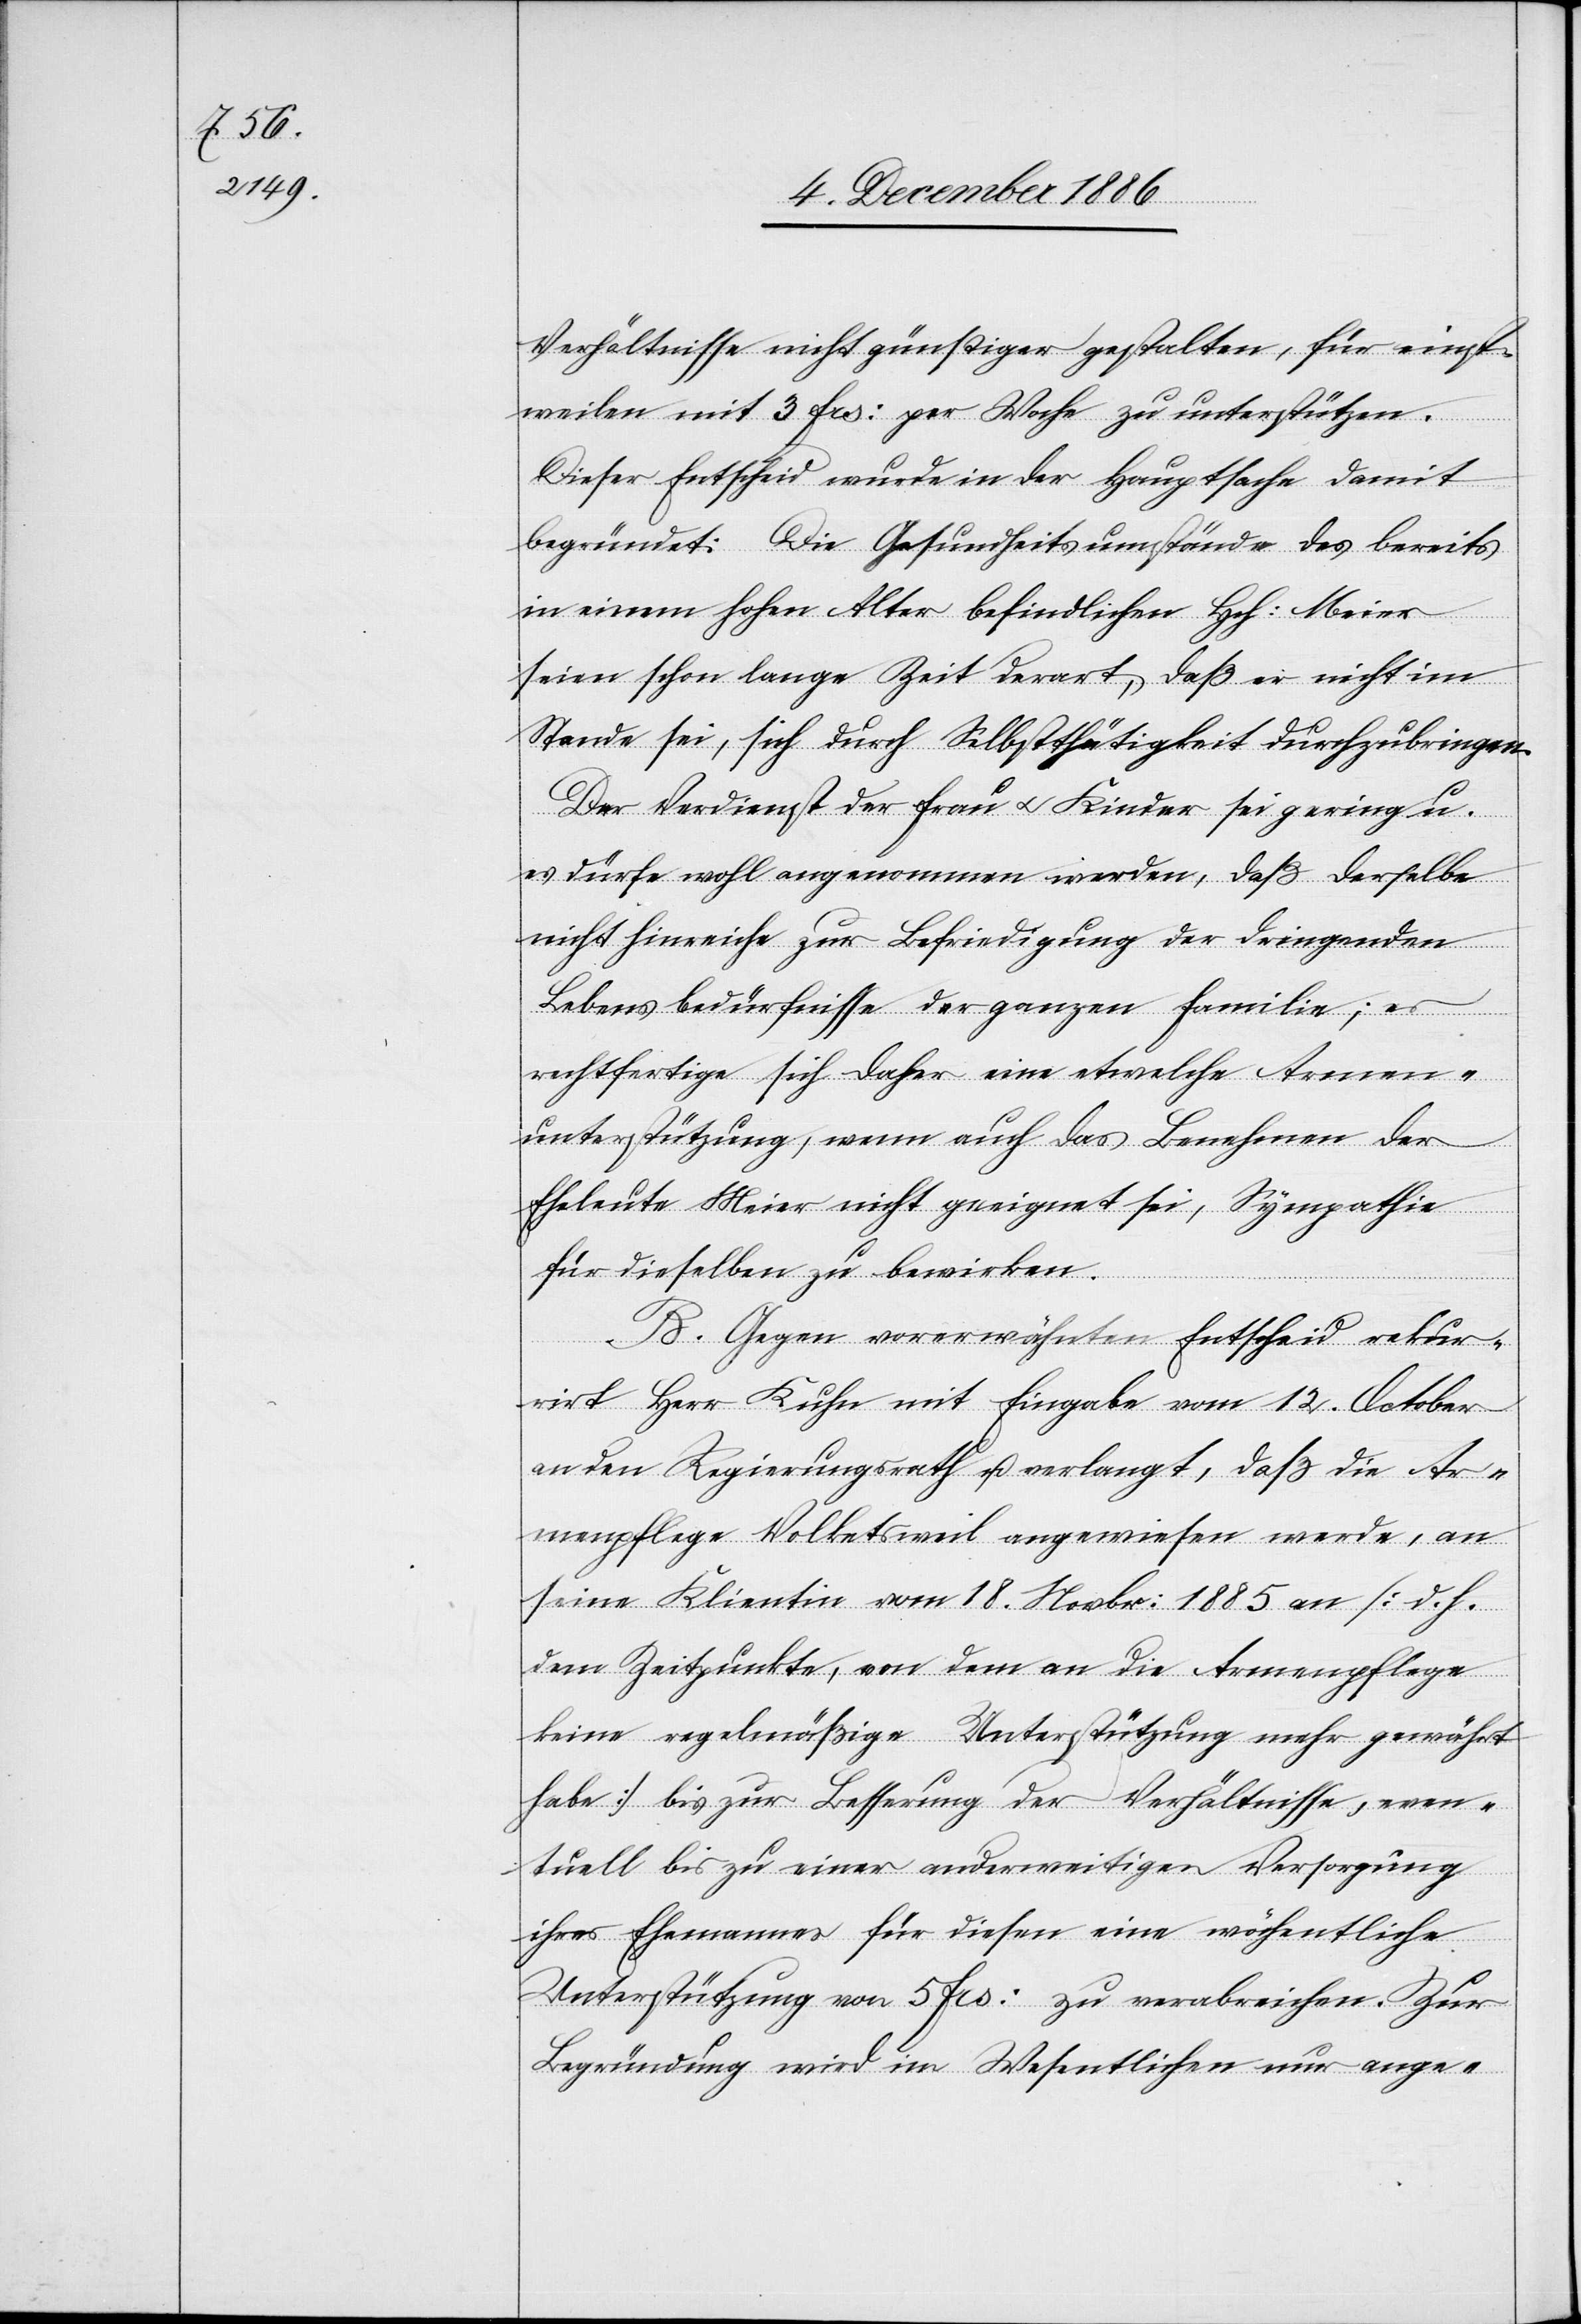
Verhältnisse nicht günstiger gestalten, für einst¬
weilen mit 3 Frs. per Woche zu unterstützen.
Dieser Entscheid wurde in der Hauptsache damit
begründet. Die Gesundheitsumstände des bereits
in einem hohen Alter befindlichen Hch. Meier
seien schon lange Zeit derart, daß er nicht im
Stande sei, sich durch Selbstthätigkeit durchzubringen.
Der Verdienst der Frau & Kinder sei gering u.
es dürfe wohl angenommen werden, daß derselbe
nicht hinreiche zur Befriedigung der dringenden
Lebensbedürfnisse der ganzen Familie; es
rechtfertige sich daher eine etwelche Armen¬
unterstützung, wenn auch das Benehmen der
Eheleute Meier nicht geeignet sei, Sympathie
für dieselben zu bewirken.
B. Gegen vorerwähnten Entscheid rekur¬
rirt Herr Kuhn mit Eingabe vom 12. October
an den Regierungsrath u. verlangt, daß die Ar¬
menpflege Volketsweil angewiesen werde, an
seine Klientin vom 18. Novbr. 1885 an [d. h.
dem Zeitpunkte, von dem an die Armenpflege
keine regelmäßige Unterstützung mehr gewährt
habe] bis zur Besserung der Verhältnisse, even¬
tuell bis zu einer anderweitigen Versorgung
ihres Ehemannes für diesen eine wöchentliche
Unterstützung von 5 Frs. zu verabreichen. Zur
Begründung wird im Wesentlichen nur ange-